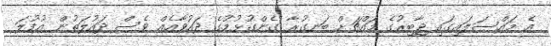
އެ މައްސަލައިގައި ޖާބިރުގެ މައްޗަށް ބަނގުރާ ގެންގުޅުމުގެ ދައުވާއެއް ވެސް ދައުލަތުން އުފުލަ